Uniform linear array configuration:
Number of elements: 4
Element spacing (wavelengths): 0.25
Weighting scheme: hamming
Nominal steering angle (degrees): -60
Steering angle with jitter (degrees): -58.239
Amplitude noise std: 0.05
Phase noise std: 0.05

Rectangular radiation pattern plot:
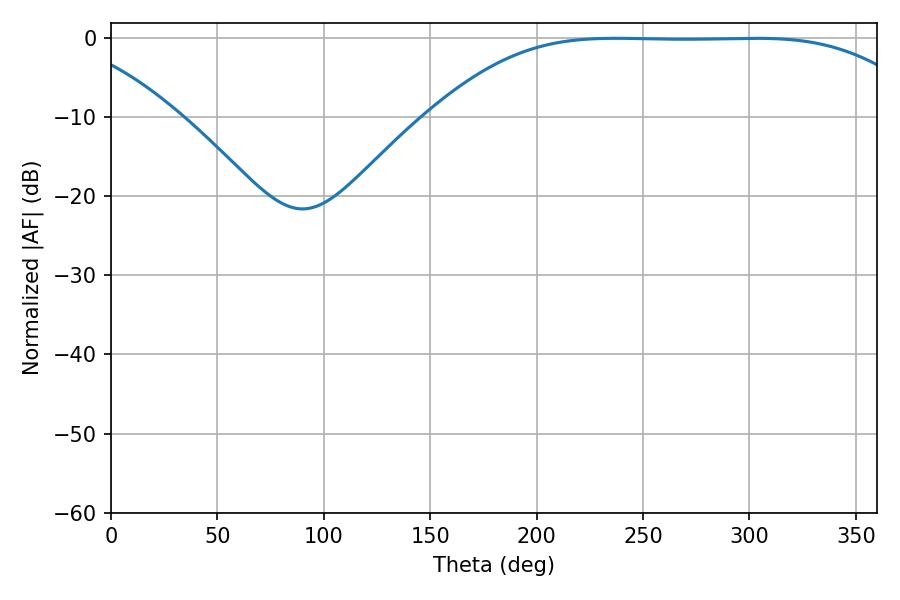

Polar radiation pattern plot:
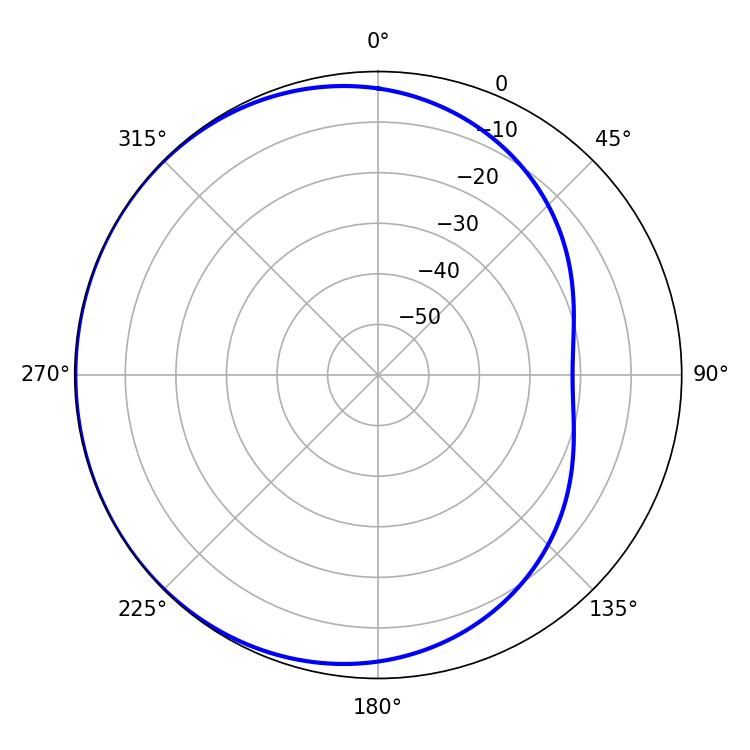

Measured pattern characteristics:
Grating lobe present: FALSE
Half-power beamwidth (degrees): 174.96
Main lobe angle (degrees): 237.24